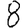
Digit: 8